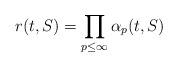
LaTeX: \begin{align*}r(t, S) = \prod_{p \leq \infty} \alpha_p(t,S)\end{align*}